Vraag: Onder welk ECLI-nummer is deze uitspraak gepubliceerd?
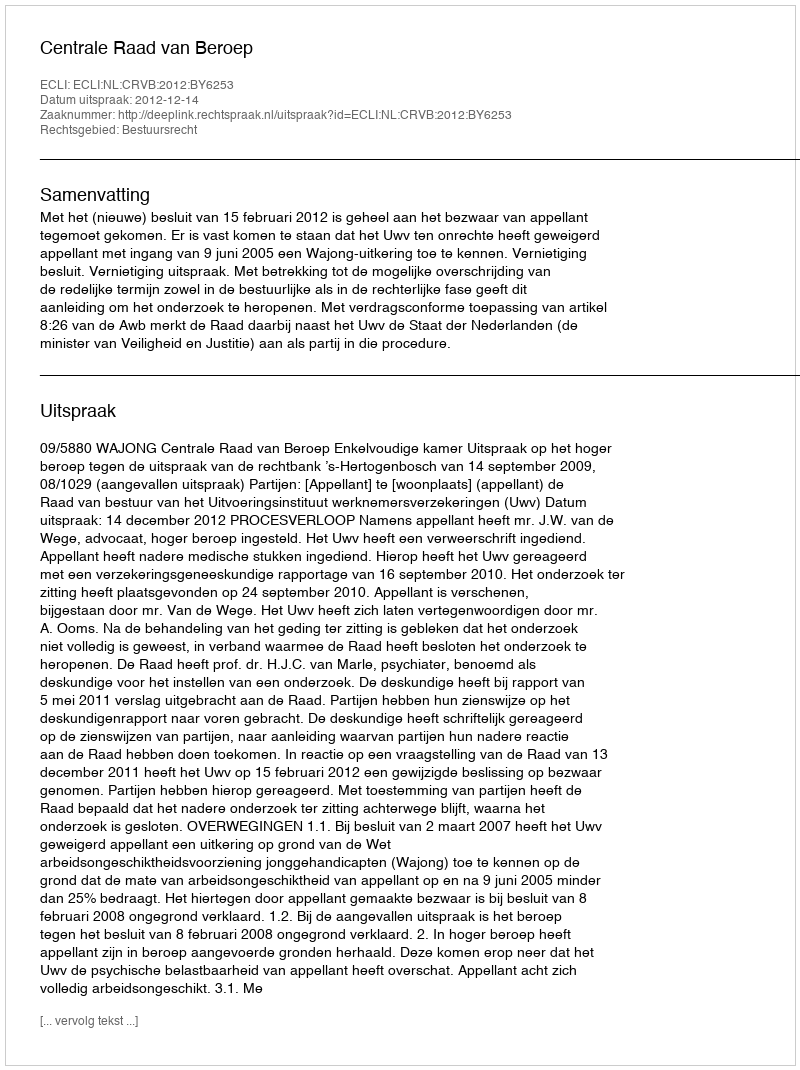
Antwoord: ECLI:NL:CRVB:2012:BY6253